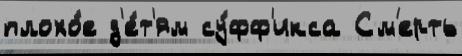
плохо́е д'е́т'ям су́фф'икса См'ерть